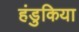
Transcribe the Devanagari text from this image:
हंडुकिया